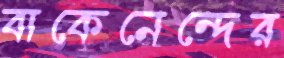
বাকেনেন্দের